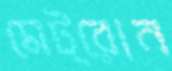
মেট্রোন